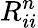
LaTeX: R_{ii}^{n}